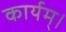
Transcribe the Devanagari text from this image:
कार्यम्।